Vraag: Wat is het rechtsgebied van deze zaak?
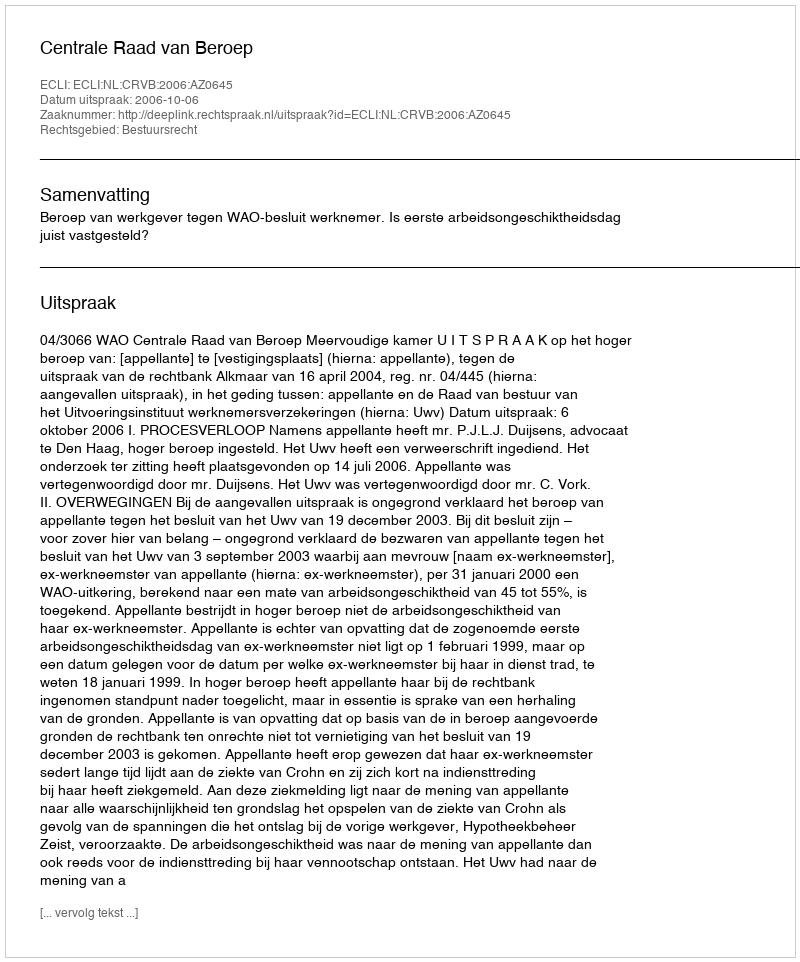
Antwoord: Bestuursrecht